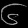
Digit: ၆